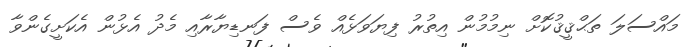
މައްސަލަ ތަޙްޤީޤުކޮށް ނިމުމުން އިތުރު ފިޔަވަޅެއް ވެސް ފަނޑިޔާރާއި މެދު އެޅުން އެކަށީގެންވާ